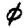
Digit: 0